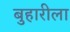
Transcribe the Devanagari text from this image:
बुहारीला